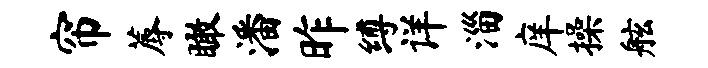
帘蓐瞰潘昨缚详淄庠操舷